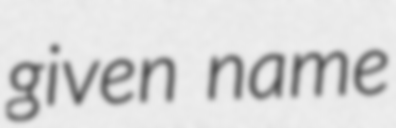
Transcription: given name